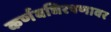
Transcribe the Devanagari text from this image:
कर्णबधिरपणावर